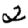
Digit: 2